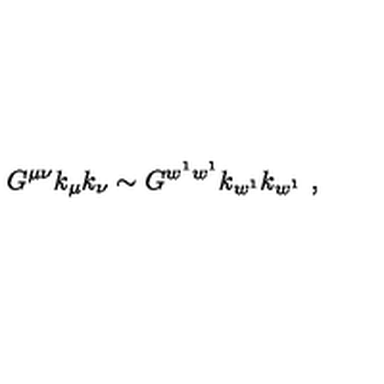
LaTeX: G ^ { \mu \nu } k _ { \mu } k _ { \nu } \sim G ^ { w ^ { 1 } w ^ { 1 } } k _ { w ^ { 1 } } k _ { w ^ { 1 } } \ ,